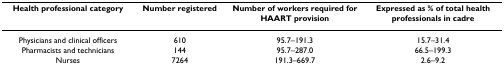
| Health professional category | Number registered | Number of workers required for HAART provision | Expressed as % of total health professionals in cadre |
 | --- | --- | --- | --- |
 | Physicians and clinical officers | 610 | 95.7–191.3 | 15.7–31.4 |
 | Pharmacists and technicians | 144 | 95.7–287.0 | 66.5–199.3 |
 | Nurses | 7264 | 191.3–669.7 | 2.6–9.2 |